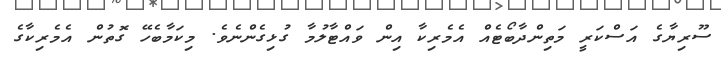
ސޫރިޔާގެ އަސްކަރީ މަތިންދާބޯޓެއް އެމެރިކާ އިން ވައްޓާލުމާ ގުޅިގެންނެވެ. މިކަމާބެހޭ ގޮތުން އެމެރިކާގެ